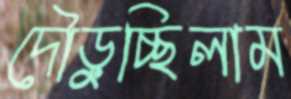
দৌড়ুচ্ছিলাম